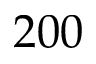
2 0 0